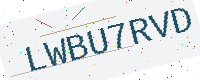
Text: LWBU7RVD